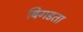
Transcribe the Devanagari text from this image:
बिगडता